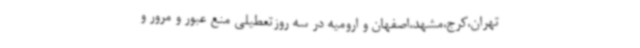
تهران،کرج،مشهد،اصفهان و ارومیه در سه روزتعطیلی منع عبور و مرور و